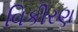
વિકીરણ